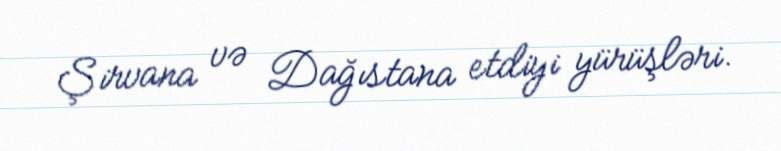
Şirvana və Dağıstana etdiyi yürüşləri.